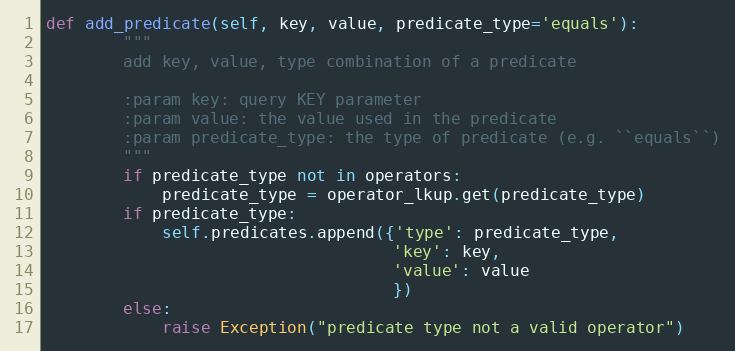
Language: Python
def add_predicate(self, key, value, predicate_type='equals'):
        """
        add key, value, type combination of a predicate

        :param key: query KEY parameter
        :param value: the value used in the predicate
        :param predicate_type: the type of predicate (e.g. ``equals``)
        """
        if predicate_type not in operators:
            predicate_type = operator_lkup.get(predicate_type)
        if predicate_type:
            self.predicates.append({'type': predicate_type,
                                    'key': key,
                                    'value': value
                                    })
        else:
            raise Exception("predicate type not a valid operator")